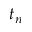
t _ { n }